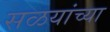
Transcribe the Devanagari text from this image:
सळयांच्या